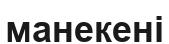
манекені